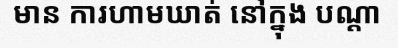
មាន ការហាមឃាត់ នៅក្នុង បណ្តា